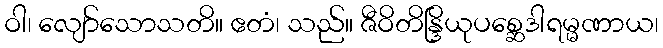
ဝါ၊ လျော်သောသတိ။ ဧတံ၊ သည်။ ဇီဝိတိန္ဒြိယုပစ္ဆေဒါရမ္မဏာယ၊